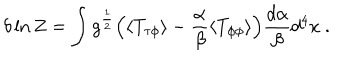
LaTeX: \delta \ln Z = \int g ^ { \frac { 1 } { 2 } } \Bigl ( \langle T _ { \tau \phi } \rangle - { \frac { \alpha } { \beta } } \langle T _ { \phi \phi } \rangle \Bigr ) { \frac { d \alpha } { \beta } } d ^ { 4 } x \space .